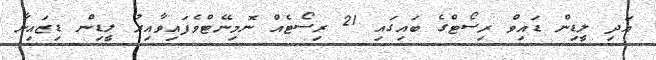
އަދި ލީޑިން ޑައިވް ރިސޯޓްގެ ބައިގައި 21 ރިސޯޓެއް ނޮމިނޭޓްވެފައިވާއިރު ލީޑިން ޑިޒައިނާ